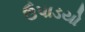
ઉપાડયો